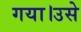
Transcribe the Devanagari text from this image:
गया।उसे